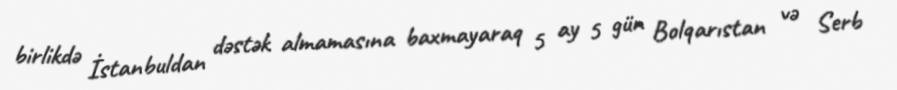
birlikdə İstanbuldan dəstək almamasına baxmayaraq 5 ay 5 gün Bolqarıstan və Serb